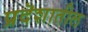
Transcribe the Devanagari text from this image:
प्रदॆशातील